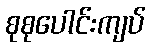
စုစုပေါင်းကျပ်